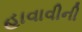
હાવાવીની